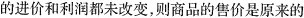
的进价和利润都未改变，则商品的售价是原来的